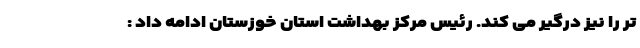
تر را نیز درگیر می کند. رئیس مرکز بهداشت استان خوزستان ادامه داد :